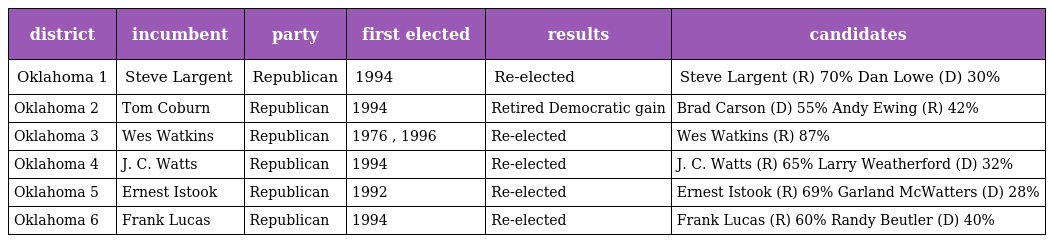
| district | incumbent | party | first elected | results | candidates |
 | --- | --- | --- | --- | --- | --- |
 | Oklahoma 1 | Steve Largent | Republican | 1994 | Re-elected | Steve Largent (R) 70% Dan Lowe (D) 30% |
 | Oklahoma 2 | Tom Coburn | Republican | 1994 | Retired Democratic gain | Brad Carson (D) 55% Andy Ewing (R) 42% |
 | Oklahoma 3 | Wes Watkins | Republican | 1976 , 1996 | Re-elected | Wes Watkins (R) 87% |
 | Oklahoma 4 | J. C. Watts | Republican | 1994 | Re-elected | J. C. Watts (R) 65% Larry Weatherford (D) 32% |
 | Oklahoma 5 | Ernest Istook | Republican | 1992 | Re-elected | Ernest Istook (R) 69% Garland McWatters (D) 28% |
 | Oklahoma 6 | Frank Lucas | Republican | 1994 | Re-elected | Frank Lucas (R) 60% Randy Beutler (D) 40% |